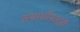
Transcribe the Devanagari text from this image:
समाधीनंतरही